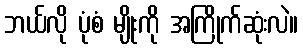
ဘယ်လို ပုံစံ မျိုးကို အကြိုက်ဆုံးလဲ။